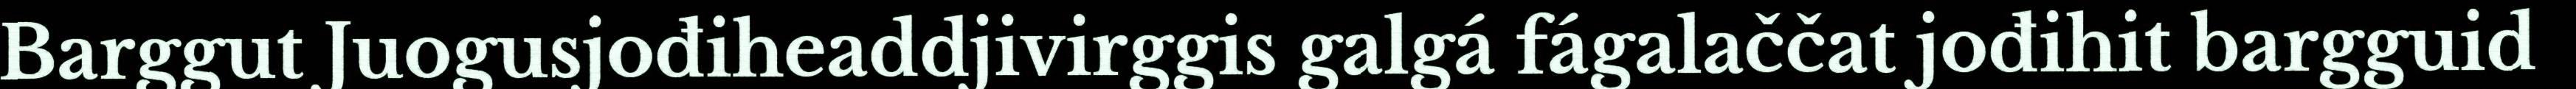
Barggut Juogusjođiheaddjivirggis galgá fágalaččat jođihit bargguid